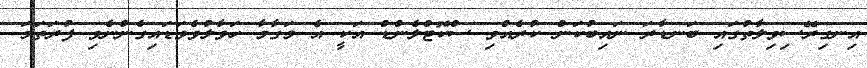
އިނގިރޭސިވިލާތުގައި ބަނޑާރަ ނައިބުކަން ކުރެއްވި ސްކޮޓްލެންޑް އަކީ އެ މަގާމާ ހަވާލުވެވަޑައިގެންނެވި ފުރަތަމަ